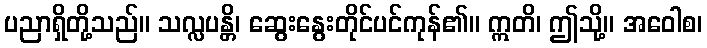
ပညာရှိတို့သည်။ သလ္လပန္တိ၊ ဆွေးနွေးတိုင်ပင်ကုန်၏။ ဣတိ၊ ဤသို့။ အဝေါစ၊